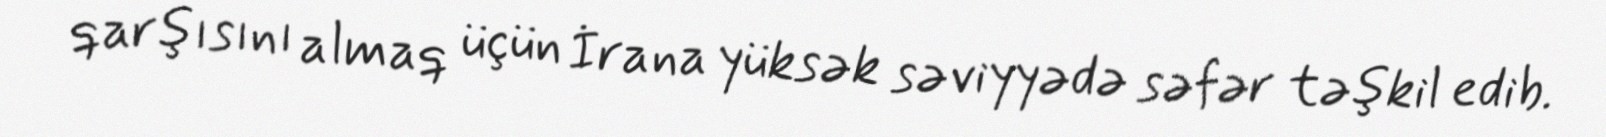
qarşısını almaq üçün İrana yüksək səviyyədə səfər təşkil edib.